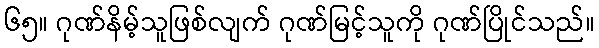
၆၅။ ဂုဏ်နိမ့်သူဖြစ်လျက် ဂုဏ်မြင့်သူကို ဂုဏ်ပြိုင်သည်။